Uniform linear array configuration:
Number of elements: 48
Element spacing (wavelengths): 1
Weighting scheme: hamming
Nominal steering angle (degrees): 15
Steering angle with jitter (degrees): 14.206
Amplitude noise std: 0.05
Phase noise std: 0.05

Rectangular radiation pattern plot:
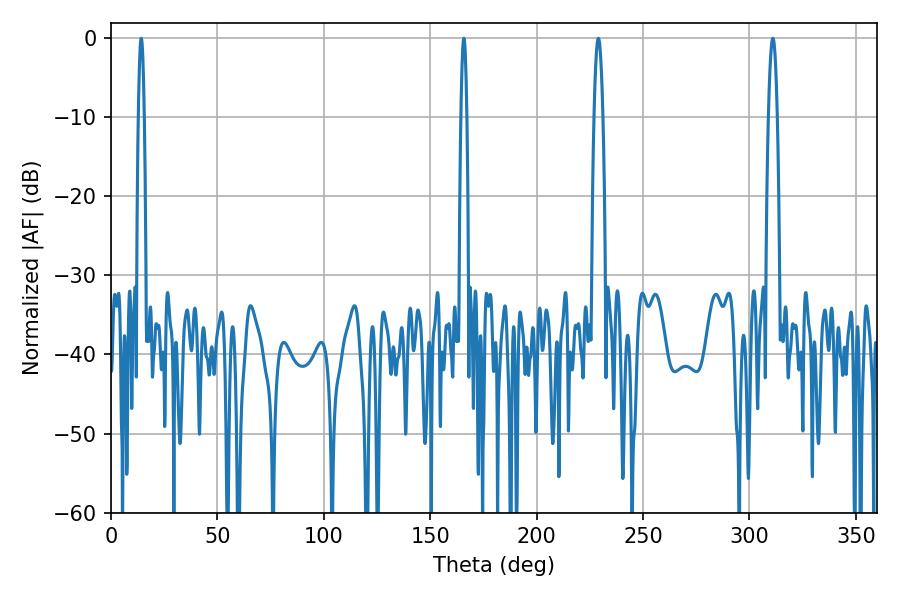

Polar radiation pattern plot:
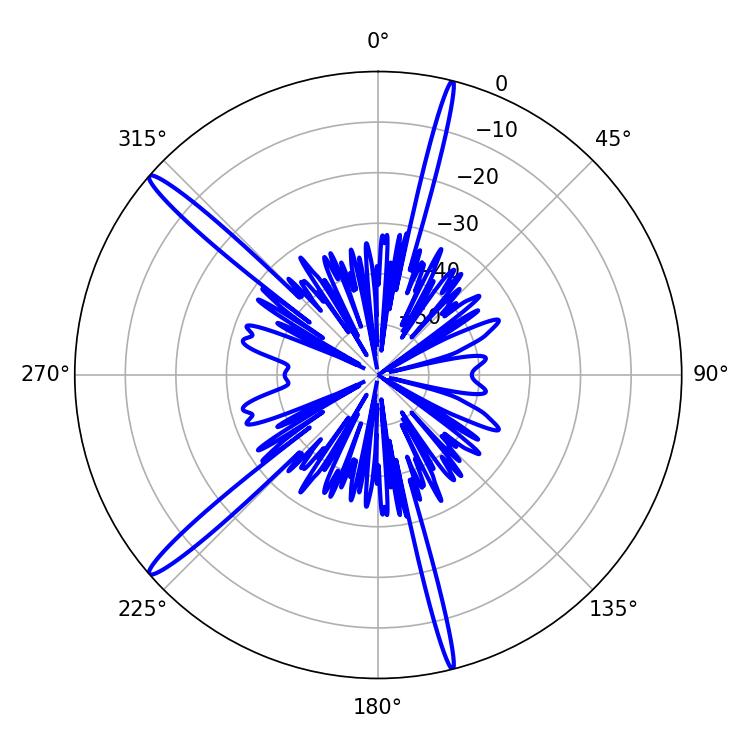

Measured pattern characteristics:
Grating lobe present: TRUE
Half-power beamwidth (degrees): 1.44
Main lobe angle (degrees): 165.78